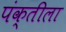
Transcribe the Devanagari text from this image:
पंक्तीला